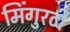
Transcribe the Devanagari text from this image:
मिंगुरटी